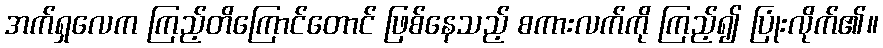
အက်ရှလေက ကြည့်တိကြောင်တောင် ဖြစ်နေသည့် စကားလက်ကို ကြည့်၍ ပြုံးလိုက်၏။